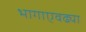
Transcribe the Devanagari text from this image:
भागाएवढ्या